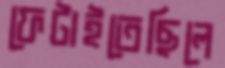
ফেটাইতেছিলে